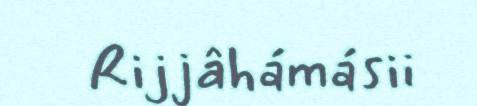
Rijjâhámásii